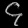
Digit: ၄